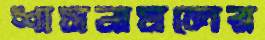
শাসনামলের